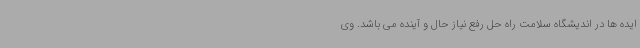
ایده ها در اندیشگاه سلامت راه حل رفع نیاز حال و آینده می باشد. وی